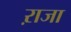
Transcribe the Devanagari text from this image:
ऱाजा